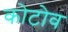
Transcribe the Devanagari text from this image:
कोटोव